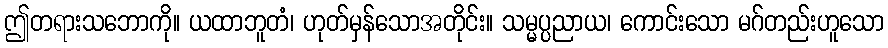
ဤတရားသဘောကို။ ယထာဘူတံ၊ ဟုတ်မှန်သောအတိုင်း။ သမ္မပ္ပညာယ၊ ကောင်းသော မဂ်တည်းဟူသော